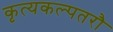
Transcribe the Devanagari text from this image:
कृत्यकल्पतरौ